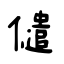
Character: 儙